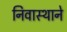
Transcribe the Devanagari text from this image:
निवास्थाने